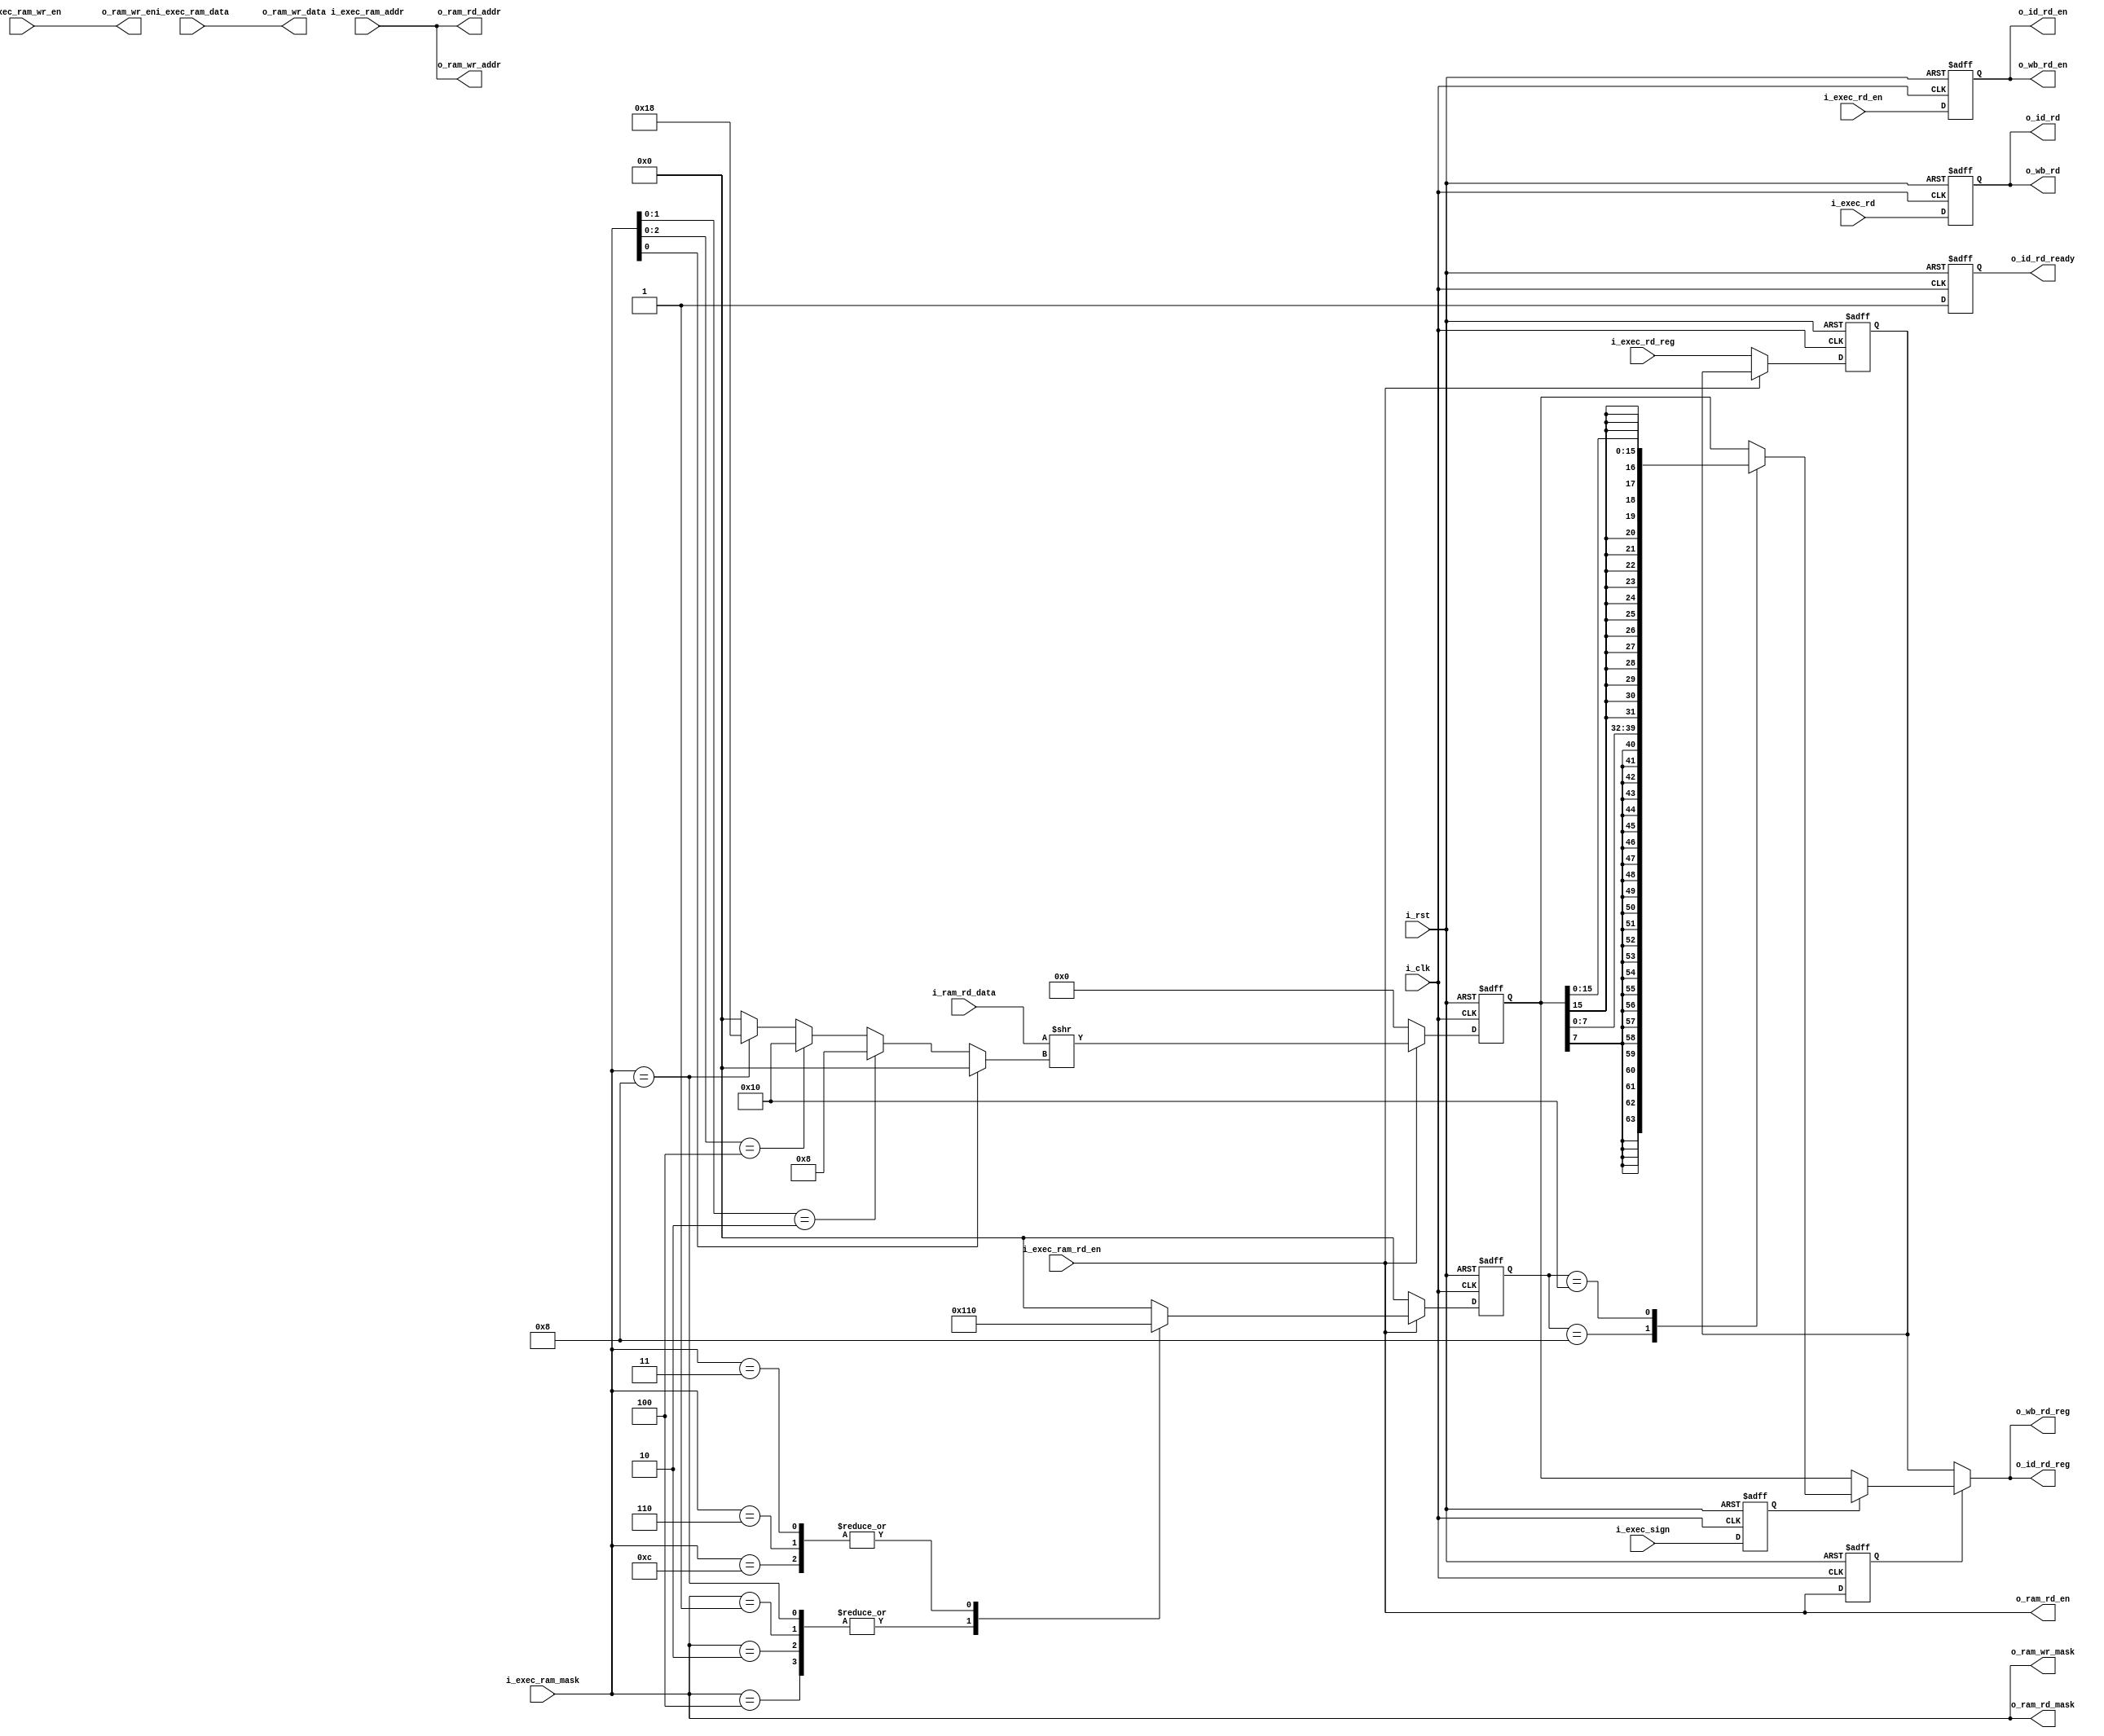
`default_nettype none

module nnrv_mem
(
i_clk,
i_rst,

o_id_rd_en,
o_id_rd_ready,
o_id_rd,
o_id_rd_reg,

i_exec_rd_en,
i_exec_rd,
i_exec_rd_reg,
i_exec_ram_wr_en,
i_exec_ram_rd_en,
i_exec_ram_addr,
i_exec_ram_data,
i_exec_ram_mask,
i_exec_sign,

o_ram_rd_addr,
o_ram_rd_en,
o_ram_rd_mask,
i_ram_rd_data,

o_ram_wr_addr,
o_ram_wr_en,
o_ram_wr_mask,
o_ram_wr_data,

o_wb_rd_en,
o_wb_rd,
o_wb_rd_reg
);

/* parameter */

parameter XLEN = 32;

/* port */

input wire i_clk;
input wire i_rst;

output wire o_id_rd_en;
output wire o_id_rd_ready;
output wire [4:0] o_id_rd;
output wire [XLEN-1:0] o_id_rd_reg;

input wire i_exec_rd_en;
input wire [4:0] i_exec_rd;
input wire [XLEN-1:0] i_exec_rd_reg;

input wire i_exec_ram_wr_en;
input wire i_exec_ram_rd_en;
input wire [XLEN-1:0] i_exec_ram_addr;
input wire [XLEN-1:0] i_exec_ram_data;
input wire [3:0] i_exec_ram_mask;
input wire i_exec_sign;

output wire [XLEN-1:0] o_ram_rd_addr;
output wire o_ram_rd_en;
output wire [3:0] o_ram_rd_mask;
input wire [XLEN-1:0] i_ram_rd_data;

output wire [XLEN-1:0] o_ram_wr_addr;
output wire o_ram_wr_en;
output wire [3:0] o_ram_wr_mask;
output wire [XLEN-1:0] o_ram_wr_data;

output wire o_wb_rd_en;
output wire [4:0] o_wb_rd;
output wire [XLEN-1:0] o_wb_rd_reg;

/* define */

/* local */

reg rd_en = 1'b0;
reg [4:0] rd = 5'b0;
reg [XLEN-1:0] rd_reg = {XLEN{1'b0}};
reg [XLEN-1:0] rd_reg_exec = {XLEN{1'b0}};
reg [XLEN-1:0] rd_reg_nosign = {XLEN{1'b0}};

reg [4:0] mask_bits = 0;
reg [4:0] right_shift = 0;

reg rd_ready = 1'b0;

reg ram_rd_en = 1'b0;
reg sign = 1'b0;

assign o_wb_rd_en = rd_en;
assign o_wb_rd = rd;
assign o_wb_rd_reg = rd_reg;

assign o_ram_rd_en = i_exec_ram_rd_en;
assign o_ram_rd_addr = i_exec_ram_addr;
assign o_ram_rd_mask = i_exec_ram_mask;

assign o_ram_wr_en = i_exec_ram_wr_en;
assign o_ram_wr_addr = i_exec_ram_addr;
assign o_ram_wr_mask = i_exec_ram_mask;
assign o_ram_wr_data = i_exec_ram_data;

assign o_id_rd_en = rd_en;
assign o_id_rd_ready = rd_ready;
assign o_id_rd = rd;
assign o_id_rd_reg = rd_reg;

always @ * begin
    if (o_ram_rd_mask[0] == 1'b1) begin
        right_shift = 0;
    end else if (o_ram_rd_mask[1:0] == 2'b10) begin
        right_shift = 8;
    end else if (o_ram_rd_mask[2:0] == 3'b100) begin
        right_shift = 16;
    end else if (o_ram_rd_mask[3:0] == 4'b1000) begin
        right_shift = 24;
    end else begin
        right_shift = 0;
    end
end

always @ * begin
    rd_reg = {XLEN{1'b0}};
    if (ram_rd_en) begin
        if (sign) begin
            case (mask_bits)
                8:  rd_reg = {{24{rd_reg_nosign[7]}}, rd_reg_nosign[7:0]};
                16: rd_reg = {{16{rd_reg_nosign[15]}}, rd_reg_nosign[15:0]};
                default: rd_reg = rd_reg_nosign;
            endcase
        end else begin
            rd_reg = rd_reg_nosign;
        end
    end else begin
        rd_reg = rd_reg_exec;
    end
end

always @ (posedge i_clk or posedge i_rst) begin
    if (i_rst) begin
        rd_en <= 1'b0;
        rd <= 5'b0;
        rd_reg_exec <= {XLEN{1'b0}};
        rd_ready <= 1'b0;
        ram_rd_en <= 1'b0;
        sign <= 1'b0;
        mask_bits <= 0;
        rd_reg_nosign <= 0;
    end else begin
        rd_en <= i_exec_rd_en;
        rd <= i_exec_rd;
        ram_rd_en <= i_exec_ram_rd_en;
        sign <= i_exec_sign;
        if (i_exec_ram_rd_en) begin
            case(i_exec_ram_mask)
                4'b0001, 4'b0010, 4'b0100, 4'b1000 : mask_bits <= 8;
                4'b0011, 4'b0110, 4'b1100          : mask_bits <= 16;
                default : mask_bits <= 32;
            endcase
            rd_reg_nosign <= (i_ram_rd_data >> right_shift);
            rd_ready <= 1'b1;
        end else begin
            rd_reg_exec <= i_exec_rd_reg;
            rd_ready <= 1'b1;
            mask_bits <= 0;
            rd_reg_nosign <= 0;
        end
    end
end

endmodule